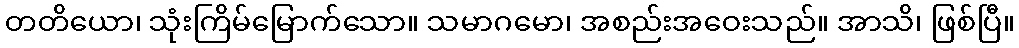
တတိယော၊ သုံးကြိမ်မြောက်သော။ သမာဂမော၊ အစည်းအဝေးသည်။ အာသိ၊ ဖြစ်ပြီ။